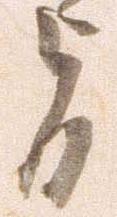
旨